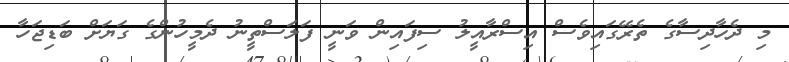
މި ދެހާދިސާގެ ތެރޭގައިވެސް އިސްރާއީލު ސިފައިން ވަނީ ފަލަސްތީނު ދެމީހުންގެ ގަޔަށް ބަޑިޖަހާ